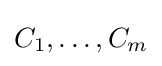
C_{1},\ldots ,C_{m}